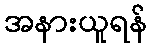
အနားယူရန်